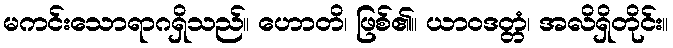
မကင်းသောရာဂရှိသည်။ ဟောတိ၊ ဖြစ်၏။ ယာဝဒတ္တံ၊ အလိရှိတိုင်း။